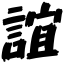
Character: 誼